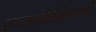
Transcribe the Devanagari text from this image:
रुम्मेनिग्गे